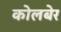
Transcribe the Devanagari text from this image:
कोलबेर